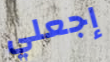
إجعلي